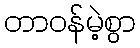
တာဝန်မဲ့စွာ